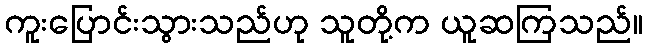
ကူးပြောင်းသွားသည်ဟု သူတို့က ယူဆကြသည်။